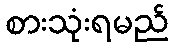
စားသုံးရမည်